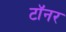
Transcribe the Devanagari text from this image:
टॉनर